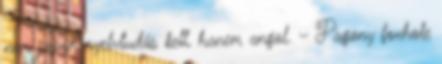
nem japán nyelvtudás kell, hanem angol. – Pagony foxhole